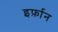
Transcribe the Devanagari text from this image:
इर्फ़ान